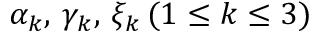
\alpha _ { k } , \, \gamma _ { k } , \, \xi _ { k } \, ( 1 \leq k \leq 3 )